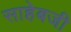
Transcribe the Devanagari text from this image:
साहेबजी